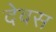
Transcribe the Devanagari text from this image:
देवस